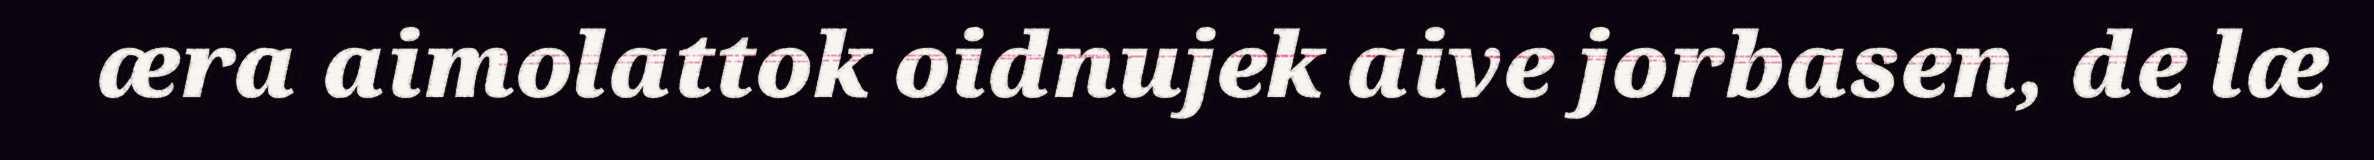
æra aimolattok oidnujek aive jorbasen, de læ